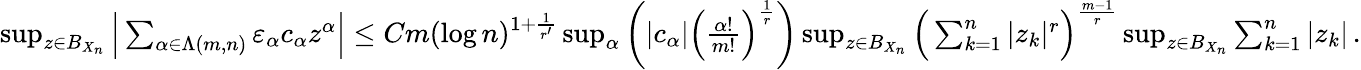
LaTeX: \begin{array}{r}{\operatorname*{sup}_{z\in B_{X_{n}}}\Big\vert\sum_{\alpha\in\Lambda(m,n)}\varepsilon_{\alpha}c_{\alpha}z^{\alpha}\Big\vert\leq Cm(\log n)^{1+\frac{1}{r^{\prime}}}\operatorname*{sup}_{\alpha}\bigg(\vert c_{\alpha}\vert\Big(\frac{\alpha!}{m!}\Big)^{\frac{1}{r}}\bigg)\operatorname*{sup}_{z\in B_{X_{n}}}\Big(\sum_{k=1}^{n}\vert z_{k}\vert^{r}\Big)^{\frac{m-1}{r}}\operatorname*{sup}_{z\in B_{X_{n}}}\sum_{k=1}^{n}\vert z_{k}\vert\, .}\end{array}